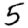
Digit: 5